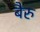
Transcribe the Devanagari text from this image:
बैरु